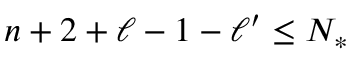
n + 2 + \ell - 1 - \ell ^ { \prime } \leq N _ { * }